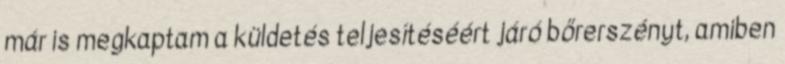
már is megkaptam a küldetés teljesítéséért járó bőrerszényt, amiben